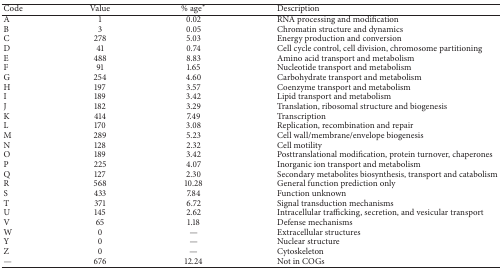
| Code | Value | % age∗ | Description |
 | --- | --- | --- | --- |
 | A | 1 | 0.02 | RNA processing and modification |
 | B | 3 | 0.05 | Chromatin structure and dynamics |
 | C | 278 | 5.03 | Energy production and conversion |
 | D | 41 | 0.74 | Cell cycle control, cell division, chromosome partitioning |
 | E | 488 | 8.83 | Amino acid transport and metabolism |
 | F | 91 | 1.65 | Nucleotide transport and metabolism |
 | G | 254 | 4.60 | Carbohydrate transport and metabolism |
 | H | 197 | 3.57 | Coenzyme transport and metabolism |
 | I | 189 | 3.42 | Lipid transport and metabolism |
 | J | 182 | 3.29 | Translation, ribosomal structure and biogenesis |
 | K | 414 | 7.49 | Transcription |
 | L | 170 | 3.08 | Replication, recombination and repair |
 | M | 289 | 5.23 | Cell wall/membrane/envelope biogenesis |
 | N | 128 | 2.32 | Cell motility |
 | O | 189 | 3.42 | Posttranslational modification, protein turnover, chaperones |
 | P | 225 | 4.07 | Inorganic ion transport and metabolism |
 | Q | 127 | 2.30 | Secondary metabolites biosynthesis, transport and catabolism |
 | R | 568 | 10.28 | General function prediction only |
 | S | 433 | 7.84 | Function unknown |
 | T | 371 | 6.72 | Signal transduction mechanisms |
 | U | 145 | 2.62 | Intracellular trafficking, secretion, and vesicular transport |
 | V | 65 | 1.18 | Defense mechanisms |
 | W | 0 | — | Extracellular structures |
 | Y | 0 | — | Nuclear structure |
 | Z | 0 | — | Cytoskeleton |
 | — | 676 | 12.24 | Not in COGs |